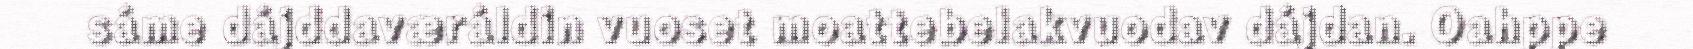
sáme dájddaværáldin vuoset moattebelakvuodav dájdan. Oahppe